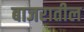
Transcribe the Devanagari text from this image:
बाजरातील